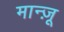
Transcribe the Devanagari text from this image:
मान्ज़ू